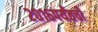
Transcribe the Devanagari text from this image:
२०१६पर्यंतची